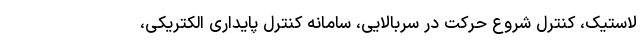
لاستیک، کنترل شروع حرکت در سربالایی، سامانه کنترل پایداری الکتریکی،